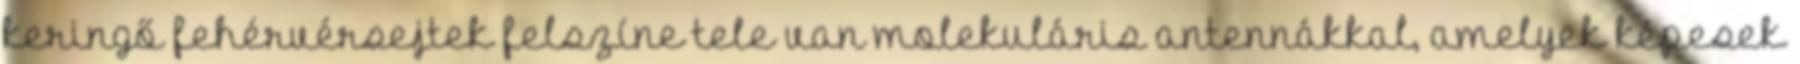
keringő fehérvérsejtek felszíne tele van molekuláris antennákkal, amelyek képesek